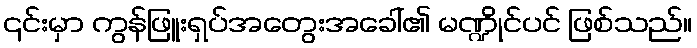
၎င်းမှာ ကွန်ဖြူးရှပ်အတွေးအခေါ်၏ မဏ္ဍိုင်ပင် ဖြစ်သည်။